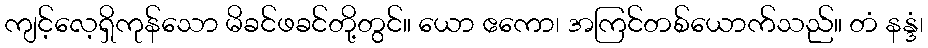
ကျင့်လေ့ရှိကုန်သော မိခင်ဖခင်တို့တွင်။ ယော ဧကော၊ အကြင်တစ်ယောက်သည်။ တံ နန္ဒံ၊